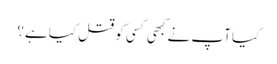
کیا آپ نے کبھی کسی کو قتل کیا ہے؟